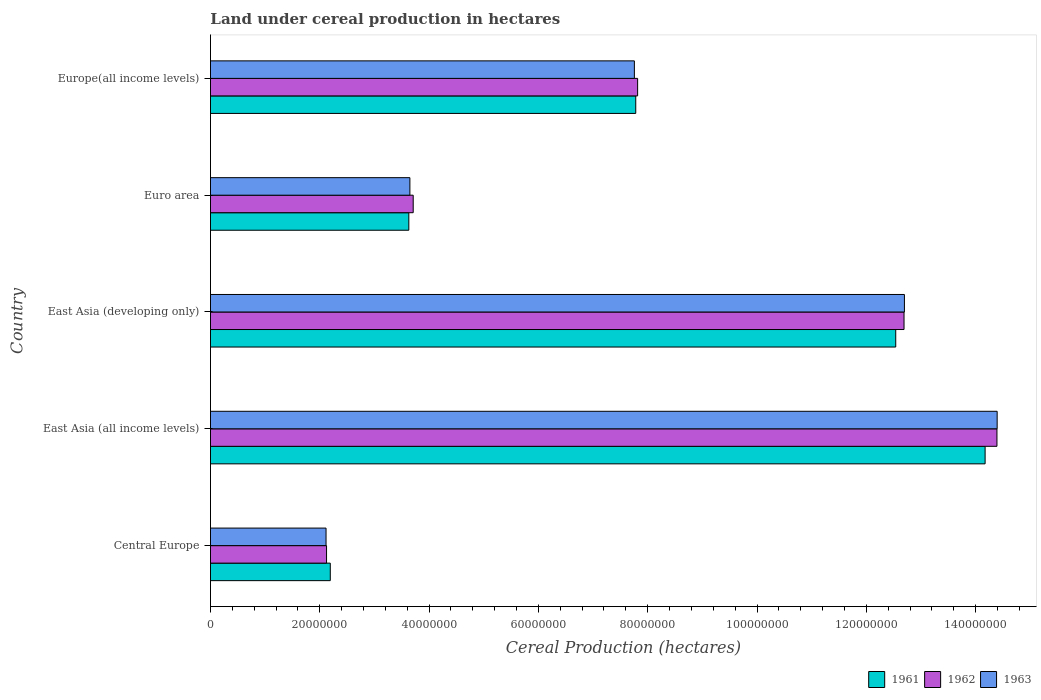
| Country | 1961 | 1962 | 1963 |
 | --- | --- | --- | --- |
 | Central Europe | 2.19e+07 | 2.12e+07 | 2.11e+07 |
 | East Asia (all income levels) | 1.42e+08 | 1.44e+08 | 1.44e+08 |
 | East Asia (developing only) | 1.25e+08 | 1.27e+08 | 1.27e+08 |
 | Euro area | 3.63e+07 | 3.71e+07 | 3.65e+07 |
 | Europe(all income levels) | 7.78e+07 | 7.82e+07 | 7.76e+07 |